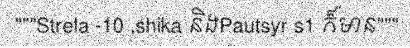
"""Strela -10 ,shika និងPautsyr s1 ក៏មាន"""